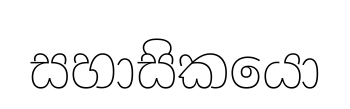
සහාසිකයො